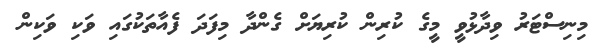
މިނިސްޓަރު ވިދާޅުވީ މީގެ ކުރިން ކުރިޔަށް ގެންދާ މިފަދަ ފެއާތަކުގައި ވަކި ވަކިން